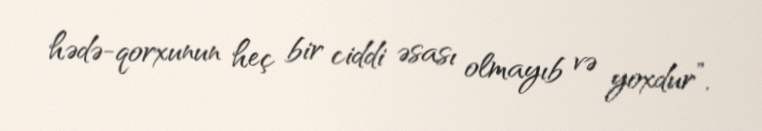
hədə-qorxunun heç bir ciddi əsası olmayıb və yoxdur”.